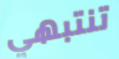
تنتبهي